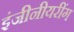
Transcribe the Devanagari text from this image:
इंजीनीयरींग